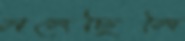
মলেছিলি